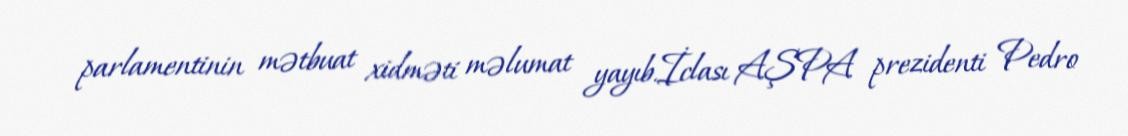
parlamentinin mətbuat xidməti məlumat yayıb.İclası AŞPA prezidenti Pedro